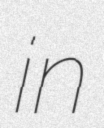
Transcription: in